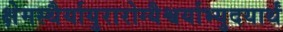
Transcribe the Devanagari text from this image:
क्षेमस्थैर्यायुरारोग्यैश्वर्याभ्युदयार्थं